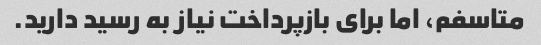
متاسفم، اما برای بازپرداخت نیاز به رسید دارید.